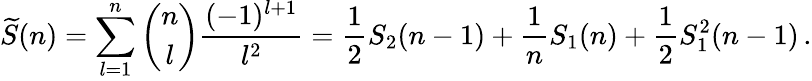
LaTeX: \widetilde{S}(n)=\sum_{l=1}^{n}\left(\begin{array}{c}{{n}}\\ {{l}}\end{array}\right)\frac{(-1)^{l+1}}{l^{2}}=\frac{1}{2}S_{2}(n-1)+\frac{1}{n}S_{1}(n)+\frac{1}{2}S_{1}^{2}(n-1)\, .